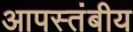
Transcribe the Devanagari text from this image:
आपस्तंबीय